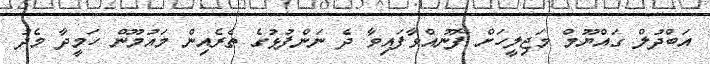
އަބްދުލް ގައްޔޫމް މަޖިލީހަށް ފޮނުއްވާފައިވާ ދެ ނަންފުޅުގެ ތެރެއިން މައުމޫން ހަމީދާ މެދު